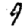
Digit: 9